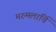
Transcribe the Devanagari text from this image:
मरुमलार्चि